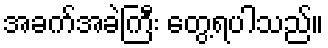
အခက်အခဲကြီး တွေ့ရပါသည်။